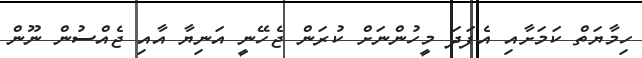
ހިމާޔަތް ކަމަށާއި އެފަދަ މީހުންނަށް ކުރަން ޖެހޭނީ އަނިޔާ އާއި ޖެއްސުން ނޫން